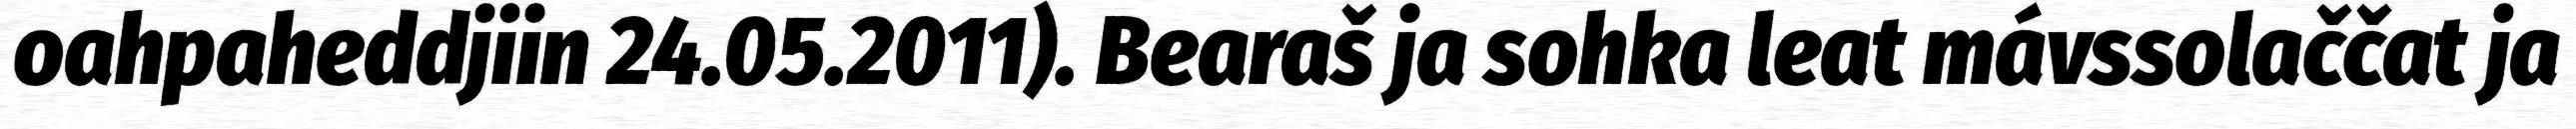
oahpaheddjiin 24.05.2011). Bearaš ja sohka leat mávssolaččat ja